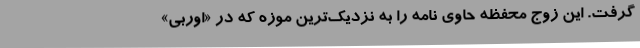
گرفت. این زوج محفظه حاوی نامه را به نزدیک‌ترین موزه که در «اوربی»